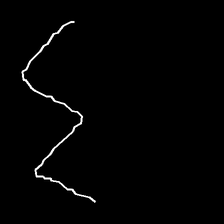
Glyph: crush